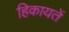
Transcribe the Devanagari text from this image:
हिकायतें